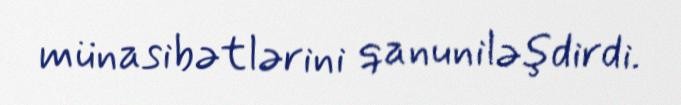
münasibətlərini qanuniləşdirdi.